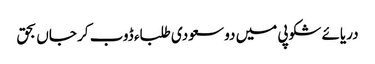
دریائے شکوپی میں دو سعودی طلباء ڈوب کر جاں بحق